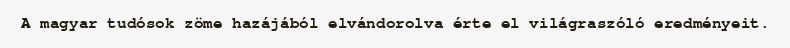
A magyar tudósok zöme hazájából elvándorolva érte el világraszóló eredményeit.